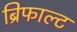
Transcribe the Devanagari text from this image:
ब्रिफाल्ट